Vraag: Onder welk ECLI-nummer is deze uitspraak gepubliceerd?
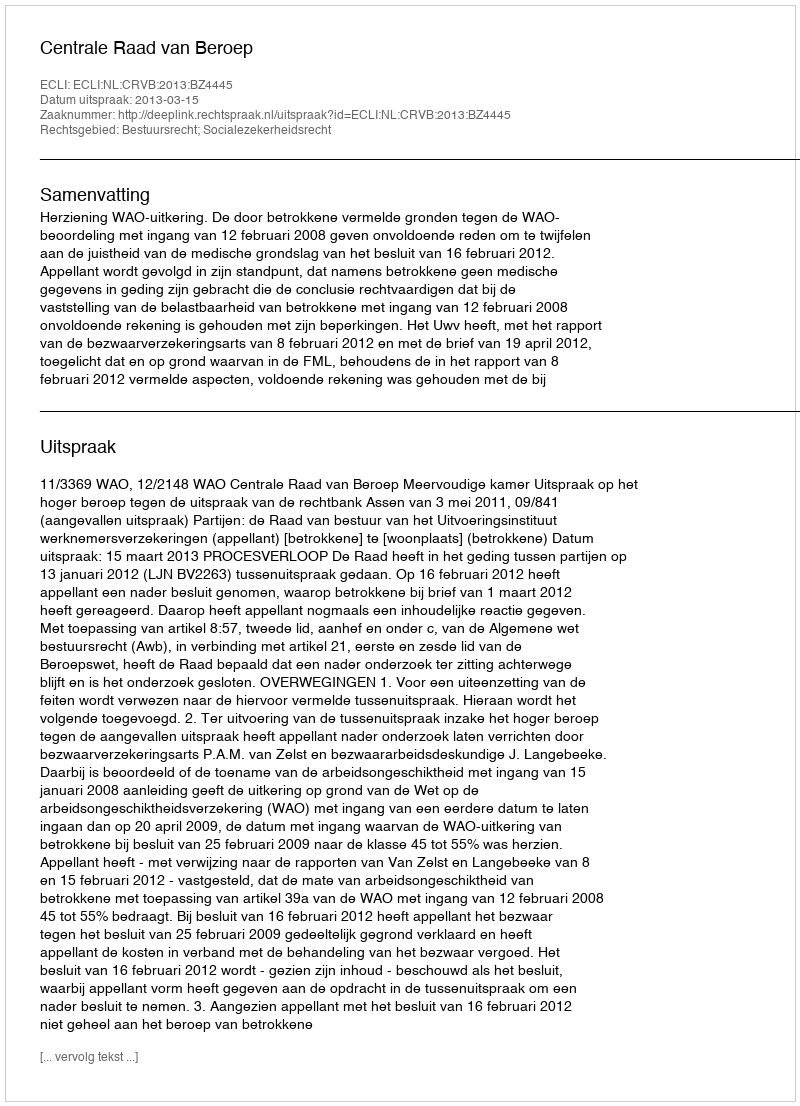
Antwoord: ECLI:NL:CRVB:2013:BZ4445